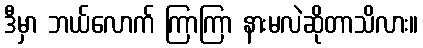
ဒီမှာ ဘယ်လောက် ကြာကြာ နားမလဲဆိုတာသိလား။